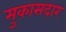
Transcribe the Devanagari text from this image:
मुकासदार